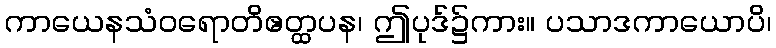
ကာယေနသံဝရောတိဧတ္ထပန၊ ဤပုဒ်၌ကား။ ပသာဒကာယောပိ၊